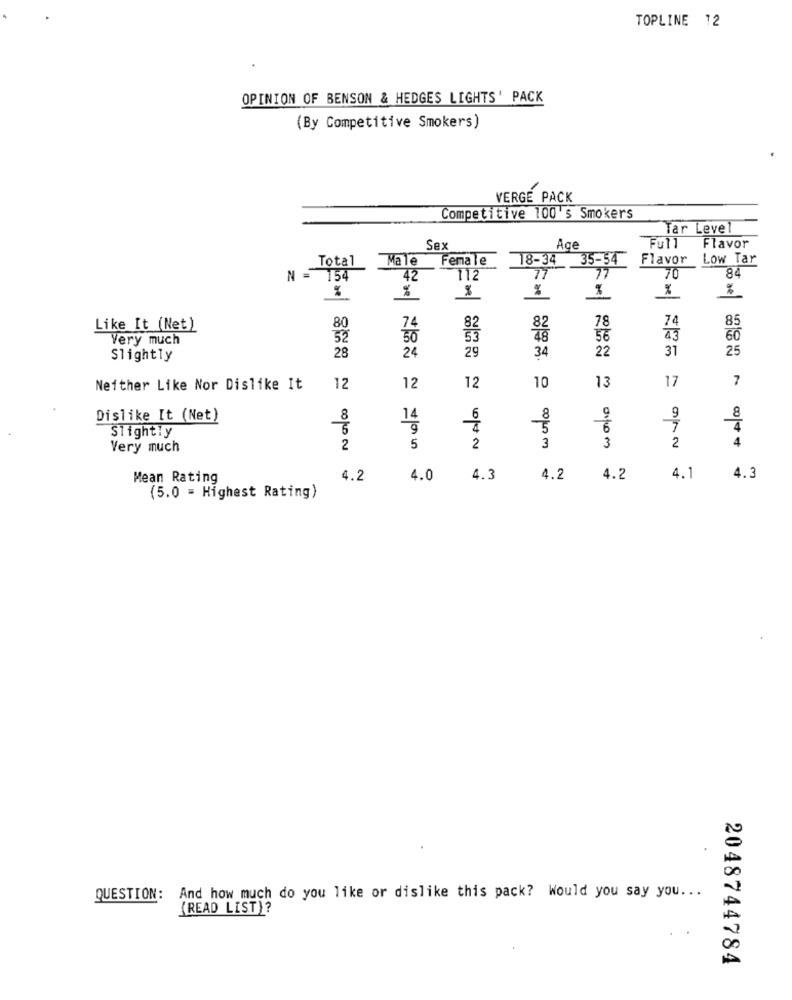
TOPLINE 12
OPINION OF BENSON & HEDGES LIGHTS' PACK
(By Competitive Smokers]
VERGE PACK
Competitive 100's Smokers
Tar Level
Full
Flavor
Sex
Age
Total
Male
Female
18-34
35-54
Flavor
Low Tar
84
154
42
112
77
77
70
%
%
78
74
85
Like It (Net)
80
74
82
Very much
52
50
56
43
60
28
24
29
22
31
25
Slightly
34
12
17
7
Neither Like Nor Dislike It
12
12
10
13
Dislike It (Net)
8
14
8
9
9
8
9
6
Slightly
3
2
4
Very much
2
5
2
3
Mean Rating
4.2
4.0
4.3
4.2
4.2
4.1
4.3
(5.0 = Highest Rating)
QUESTION: And how much do you like or dislike this pack? Would you say you ...
(READ LIST)?
2048744784